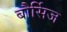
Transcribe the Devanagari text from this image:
बौर्सिज